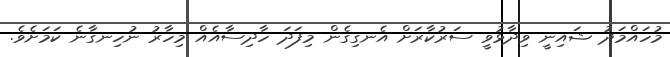
މުހައްމަދު ޝައިނީ ވިދާޅުވީ ސަރުކާރަށް އެނގިގެން މިފަދަ ހާދިސާއެއް މިހާރު ނުހިނގާނެ ކަމަށެވެ.